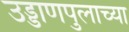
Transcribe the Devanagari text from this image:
उड्डाणपुलाच्या